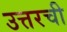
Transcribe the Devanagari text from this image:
उत्तरची